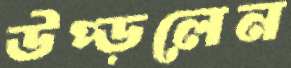
উপ্‌ড়লেন